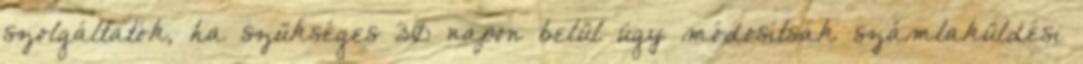
szolgáltatók, ha szükséges 30 napon belül úgy módosítsák számlaküldési